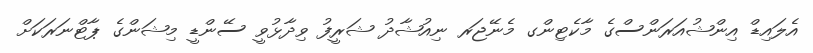
އެލައިޑް އިންޝުއަރަންސްގެ މާކެޓިންގ މެނޭޖަރ ނިއުޝާދު ޝަރީފު ވިދާޅުވީ ސޭންޑީ މިޝަންގެ ޕާޓްނަރަކަށް